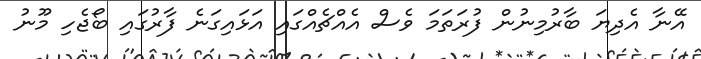
އޭނާ އެދިޔަ ބާރުމިނުން ފުރަތަމަ ވެސް އެއްޗެއްގައި އަޅައިގަނެ ފާރުގައި ބޯޖެހި މޫނު